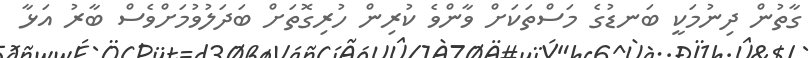
ގާތުން ދިނުމަކީ ބަނޑުގެ މަސްތަކަށް ވާންވެ ކުރިން ހުރިގޮތަށް ބަދަލުވުމަށްވެސް ބާރު އަޅާ